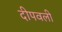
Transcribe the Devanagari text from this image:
दीपवली